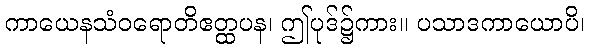
ကာယေနသံဝရောတိဧတ္ထပန၊ ဤပုဒ်၌ကား။ ပသာဒကာယောပိ၊